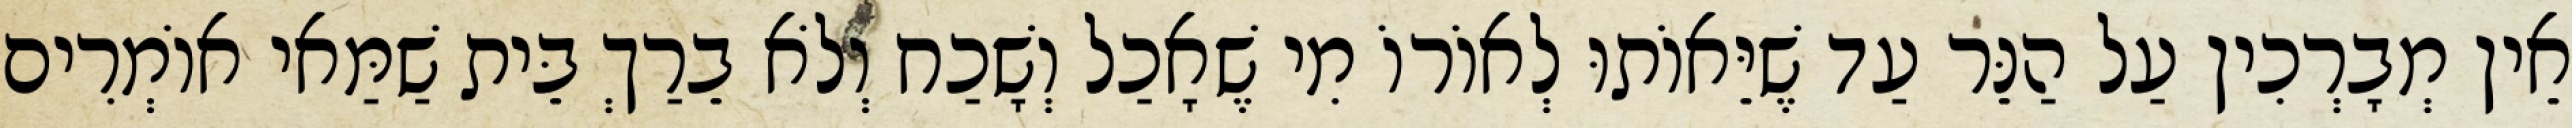
אֵין מְבָרְכִין עַל הַנֵּר עַד שֶׁיֵּאוֹתוּ לְאוֹרוֹ מִי שֶׁאָכַל וְשָׁכַח וְלֹא בֵרַךְ בֵּית שַׁמַּאי אוֹמְרִים